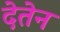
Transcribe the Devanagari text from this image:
देतेन